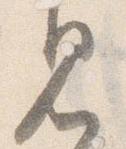
見